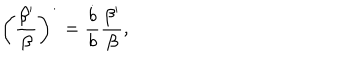
LaTeX: \left( \frac { \beta ^ { \prime } } { \beta } \right) ^ { \dot { } } = \frac { \dot { b } } { b } \frac { \beta ^ { \prime } } { \beta } ,